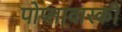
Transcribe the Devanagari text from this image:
पोप्लावास्की